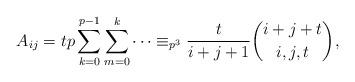
LaTeX: \begin{align*}A_{ij}=tp\sum_{k=0}^{p-1} \sum_{m=0}^{k}\cdots&\equiv_{p^3} \frac{t}{i+j+1}\binom{i+j+t}{i,j,t},\end{align*}